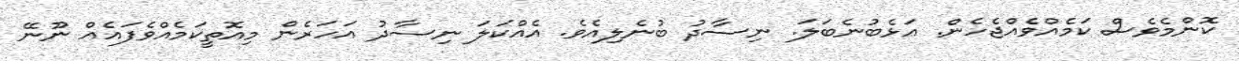
ކޮންމެވެސް ކަމެއްވެއްޖެހެން. އަޅެބުނެބަލަ. ނިސާދު ބުނެލިއެވެ. އެއްކަލަ ނިސާދު އަހަރެން މިއޮތީކަމެއްވެފައެއް ނޫނޭ